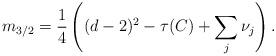
LaTeX: \begin{align*}m_{3/2}=\frac{1}{4} \left( (d-2)^2-\tau(C) + \sum_{j }\nu_j \right).\end{align*}